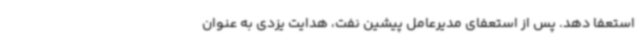
استعفا دهد. پس از استعفای مدیرعامل پیشین نفت، هدایت یزدی به عنوان